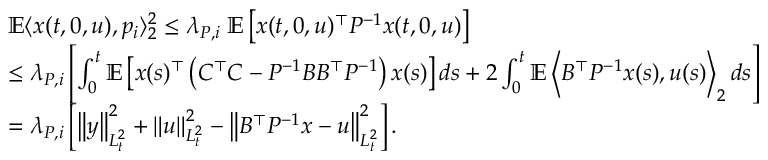
\begin{array} { r l } & { \mathbb E \langle x ( t , 0 , u ) , p _ { i } \rangle _ { 2 } ^ { 2 } \leq \lambda _ { P , i } \; \mathbb E \left[ x ( t , 0 , u ) ^ { \top } P ^ { - 1 } x ( t , 0 , u ) \right] } \\ & { \leq \lambda _ { P , i } \left[ \int _ { 0 } ^ { t } \mathbb E \left[ x ( s ) ^ { \top } \left( C ^ { \top } C - P ^ { - 1 } B B ^ { \top } P ^ { - 1 } \right) x ( s ) \right] d s + 2 \int _ { 0 } ^ { t } \mathbb E \left\langle B ^ { \top } P ^ { - 1 } x ( s ) , u ( s ) \right\rangle _ { 2 } d s \right] } \\ & { = \lambda _ { P , i } \left[ \left\| y \right\| _ { L _ { t } ^ { 2 } } ^ { 2 } + \left\| u \right\| _ { L _ { t } ^ { 2 } } ^ { 2 } - \left\| B ^ { \top } P ^ { - 1 } x - u \right\| _ { L _ { t } ^ { 2 } } ^ { 2 } \right] . } \end{array}